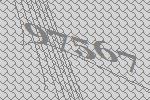
97567